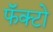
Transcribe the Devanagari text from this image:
फॅक्टो